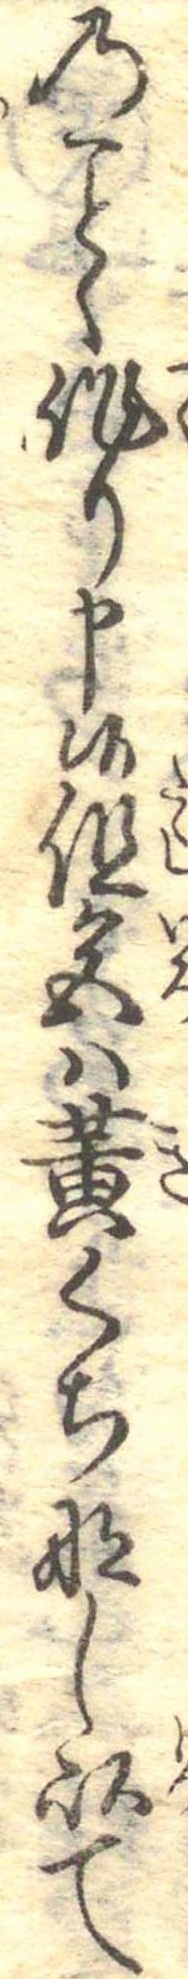
のく作り申候但色は黄くちなし以て